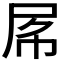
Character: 𡱃